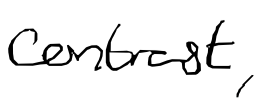
Text: contrast,
Cross-out: clean
Writing tool: digital_black